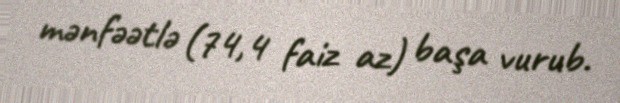
mənfəətlə (74,4 faiz az) başa vurub.